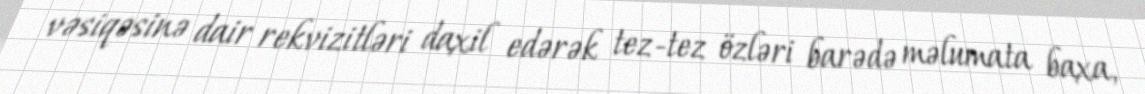
vəsiqəsinə dair rekvizitləri daxil edərək tez-tez özləri barədə məlumata baxa,